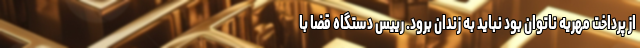
از پرداخت مهریه ناتوان بود نباید به زندان برود. رییس دستگاه قضا با